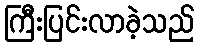
ကြီးပြင်းလာခဲ့သည်